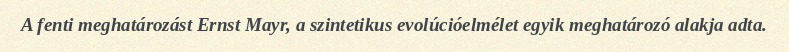
A fenti meghatározást Ernst Mayr, a szintetikus evolúcióelmélet egyik meghatározó alakja adta.